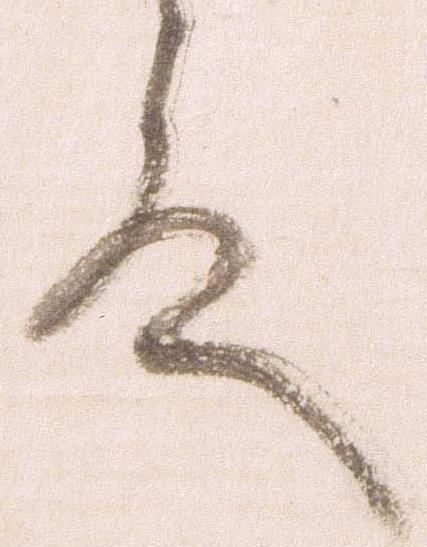
殿